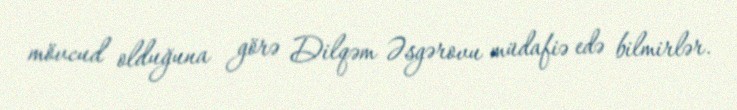
mövcud olduğuna görə Dilqəm Əsgərovu müdafiə edə bilmirlər.